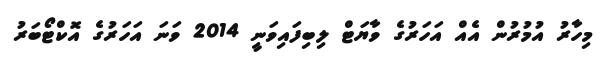
މިހާރު އުމުރުން އެއް އަހަރުގެ ވާޔަޓް ލިބިފައިވަނީ 2014 ވަނަ އަހަރުގެ އޮކްޓޯބަރު